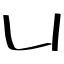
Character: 凵